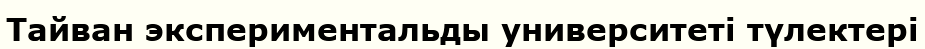
Тайван экспериментальды университеті түлектері